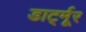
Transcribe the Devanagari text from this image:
डार्ट्मूर